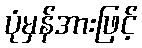
ပုံမှန်အားဖြင့်